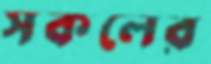
সকলের